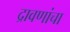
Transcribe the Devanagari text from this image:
द्रावणांचा